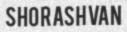
SHORASHVAN